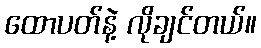
ထောပတ်နဲ့ လိုချင်တယ်။